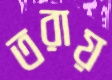
তরায়